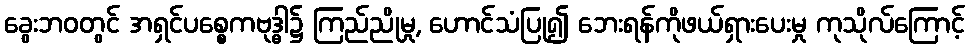
ခွေးဘဝတွင် အရှင်ပစ္စေကဗုဒ္ဓါ၌ ကြည်ညိုမှု, ဟောင်သံပြု၍ ဘေးရန်ကိုဖယ်ရှားပေးမှု ကုသိုလ်ကြောင့်